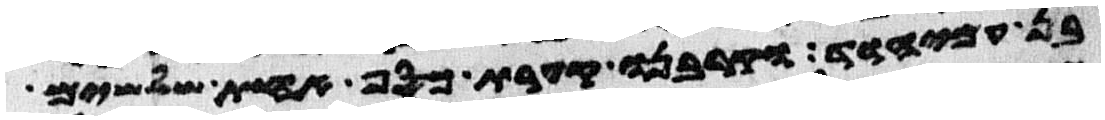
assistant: בן עמיהוד וקרבנו קערת כסף אחת שלשים